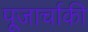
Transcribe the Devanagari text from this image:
पूजार्चाकी